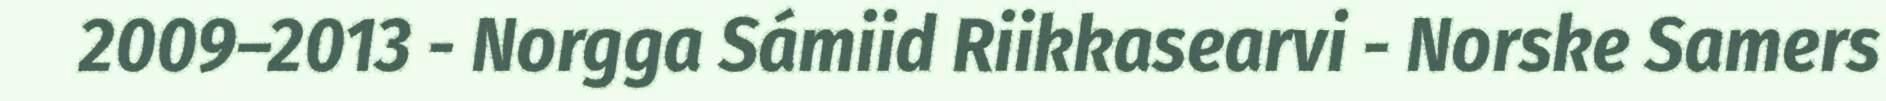
2009–2013 - Norgga Sámiid Riikkasearvi - Norske Samers